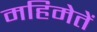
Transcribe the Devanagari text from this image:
महिमेतें